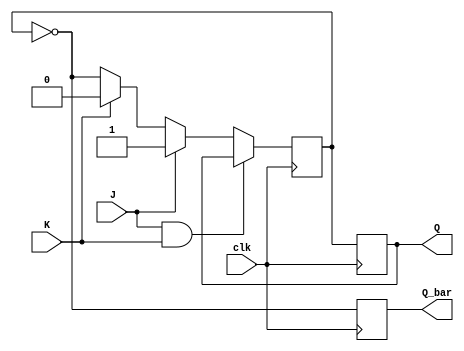
module JK_flipflop(
    input J,
    input K,
    input clk,
    output reg Q,
    output reg Q_bar
);

reg Q_temp;

always @(posedge clk) begin
    if (J && K) begin
        Q_temp <= Q;
    end else if (J) begin
        Q_temp <= 1'b1;
    end else if (K) begin
        Q_temp <= 1'b0;
    end else begin
        Q_temp <= ~Q_temp;
    end
end

always @(posedge clk) begin
    Q <= Q_temp;
    Q_bar <= ~Q_temp;
end

endmodule